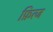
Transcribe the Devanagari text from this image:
फ्रित्ज